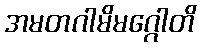
အမတဂါမိမဂ္ဂေါတိ